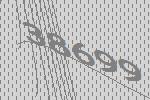
38699